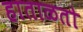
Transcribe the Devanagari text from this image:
हाताळतो